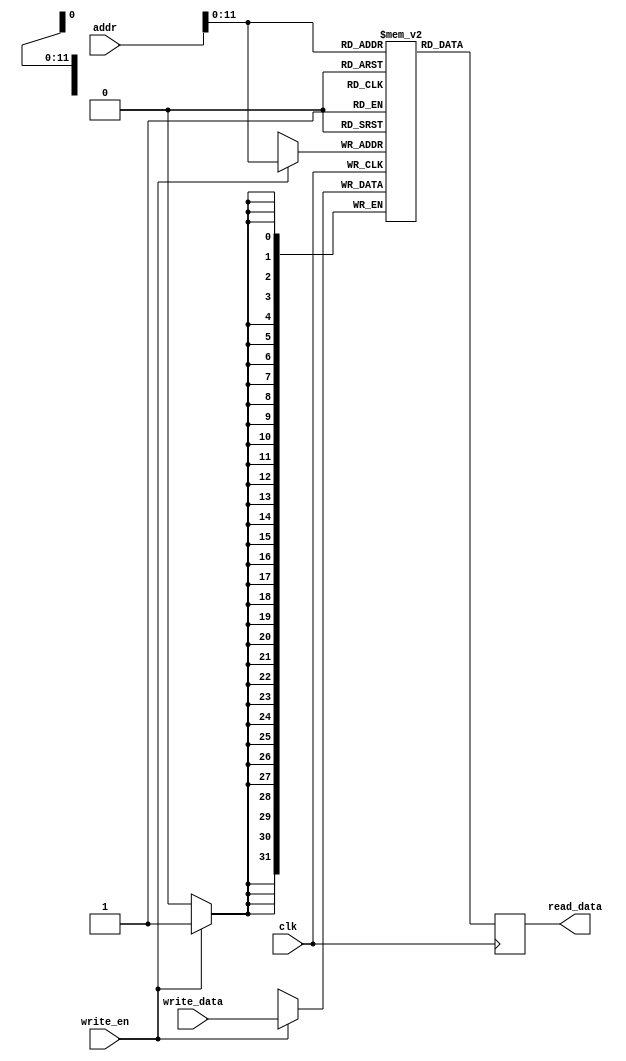
// memory
module DATA_MEM (
    input wire clk,
    input wire write_en,
    input wire [31:0] addr,
    input wire [31:0] write_data,
    output wire [31:0] read_data
);
    // 4byte*4096=16384byte=16KB
    reg [31:0] rom [0:2**12-1];
    reg [31:0] read_reg;
    
    always @(posedge clk) begin
        read_reg <= rom[addr[11:0]];
        if (write_en) begin
            rom[addr[11:0]] <= write_data;
        end
    end

    assign read_data = read_reg;
endmodule